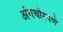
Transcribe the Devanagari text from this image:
अंगचोरपणे